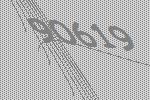
90619